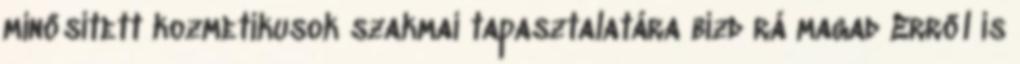
minősített kozmetikusok szakmai tapasztalatára bízd rá magad Erről is